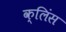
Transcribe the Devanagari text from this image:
क्लिंस